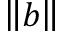
\left\| b \right\|